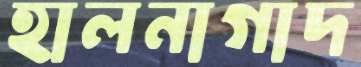
হালনাগাদ